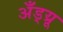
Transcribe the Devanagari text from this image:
अँड्य्रू